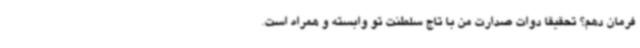
فرمان دهم؟ تحقیقاً دوات صدارت من با تاج سلطنت تو وابسته و همراه است.